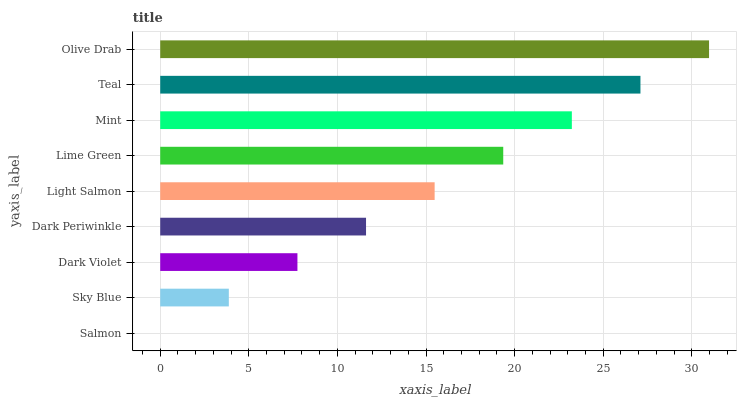
| yaxis_label | bars |
 | --- | --- |
 | Salmon | 0 |
 | Sky Blue | 3.87 |
 | Dark Violet | 7.74 |
 | Dark Periwinkle | 11.6 |
 | Light Salmon | 15.5 |
 | Lime Green | 19.4 |
 | Mint | 23.2 |
 | Teal | 27.1 |
 | Olive Drab | 31 |